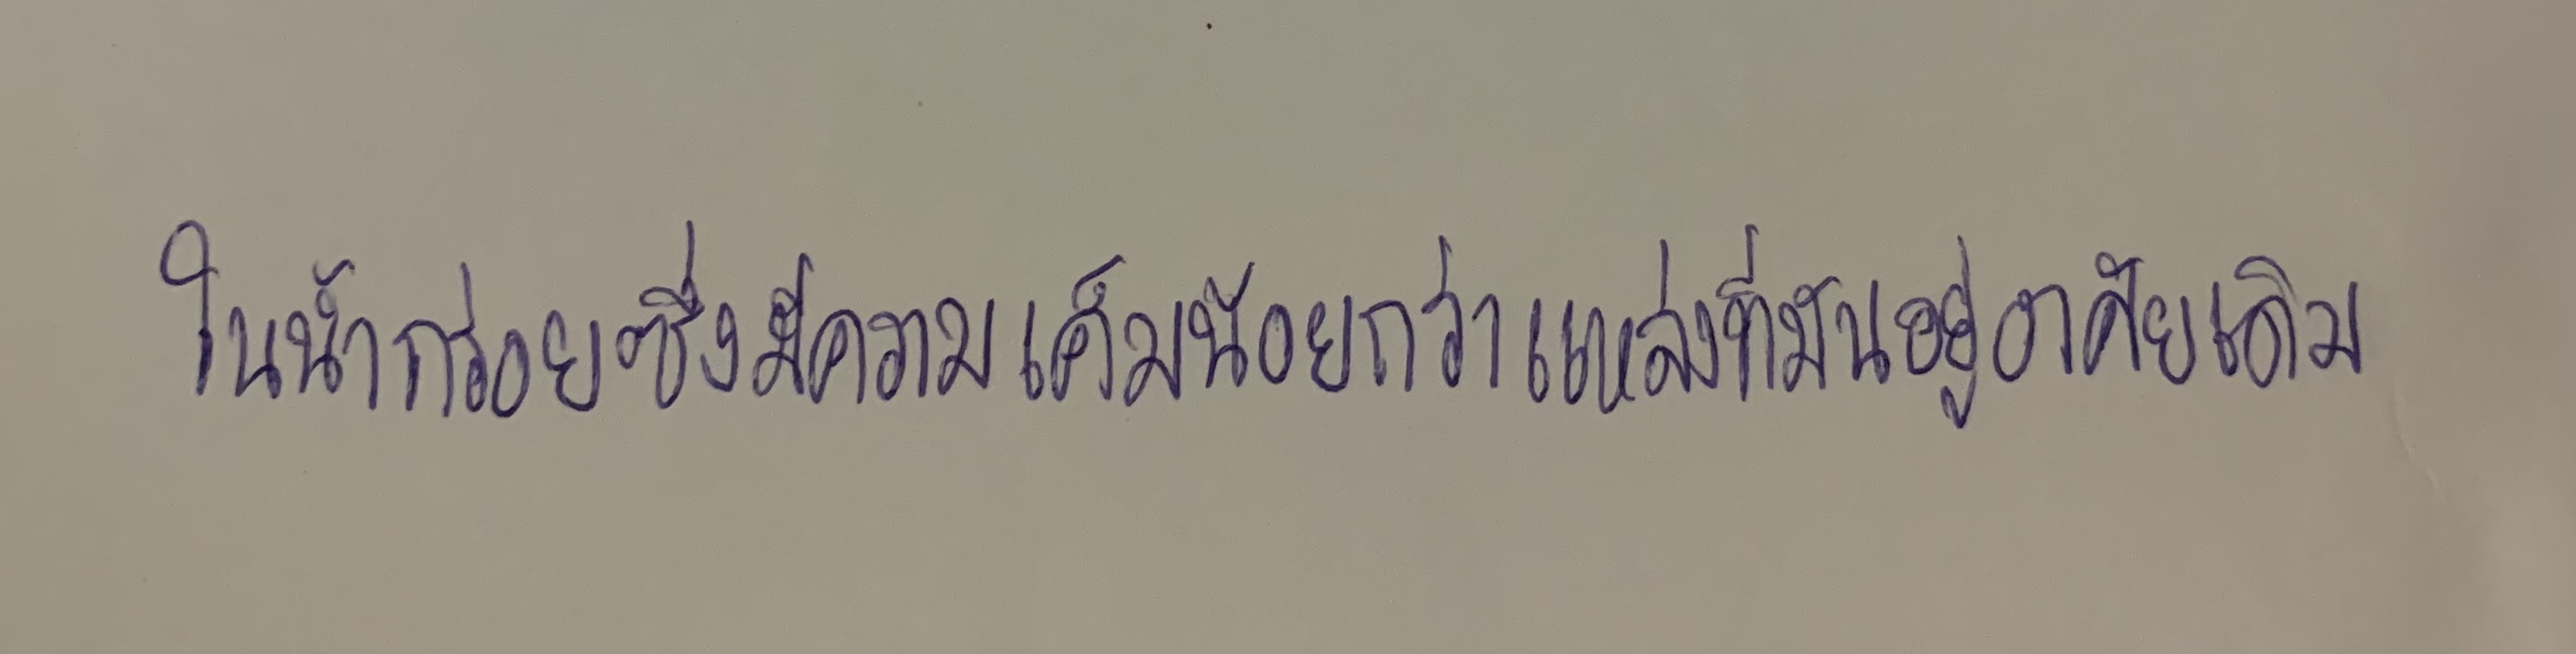
ในน้ำกร่อยซึ่งมีความเค็มน้อยกว่าแหล่งที่มันอยู่อาศัยเดิม